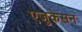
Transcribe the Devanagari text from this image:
एजुकेसन